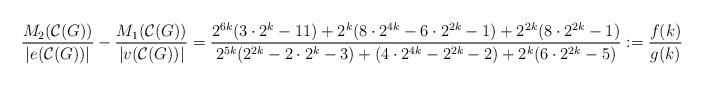
LaTeX: \begin{align*}\dfrac{M_{2}(\mathcal{C}(G))}{|e(\mathcal{C}(G))|}- \dfrac{ M_{1}(\mathcal{C}(G))}{|v(\mathcal{C}(G))|}=\dfrac{2^{6k}(3\cdot2^{k}-11)+2^{k}(8\cdot2^{4k}-6\cdot2^{2k}-1)+2^{2k}(8\cdot2^{2k}-1)}{2^{5k}(2^{2k}-2\cdot2^{k}-3)+(4\cdot2^{4k}-2^{2k}-2)+2^{k}(6\cdot2^{2k}-5)} := \dfrac{f(k)}{g(k)}\end{align*}